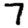
Digit: 7